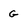
Character: G